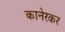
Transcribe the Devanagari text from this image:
कानेरकर